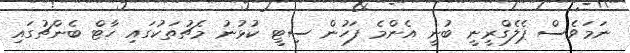
ނަމަވެސް ޕެލެގްރީނީ ބުނީ އެންމެ ފަހުން ސިޓީ ކުޅުނު މެޗުތަކުގައި ހާޓް ބެންޗުގައި